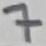
Text: 7